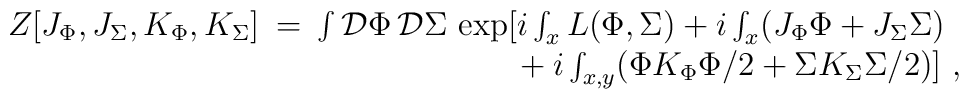
\begin{array}{rcl}Z[J_\Phi,J_\Sigma,K_\Phi,K_\Sigma] \!\! &=& \!\! \int {\cal D} \Phi \, {\cal D} \Sigma  \, \exp [ i \int_x L(\Phi,\Sigma)+i \int_x (J_\Phi \Phi + J_\Sigma \Sigma) \\&&{}~~~~~~~~~~~~~~~~~+i \int_{x,y} (\Phi K_\Phi \Phi/2 + \Sigma K_\Sigma \Sigma/2) ]~,\end{array}